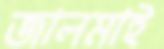
জালমাই